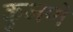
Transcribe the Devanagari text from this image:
कुजणे